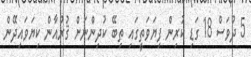
5 ދުވަސް 18 ގަޑި ކުރިން ފިޔަވަތީގައި ތިބޭ ކުދިންނަށް ޤުރުއާން ކިޔަވައިދޭން